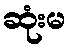
ဆုံးမ